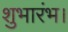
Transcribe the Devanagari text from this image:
शुभारंभ।